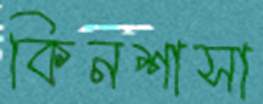
কিনশাসা